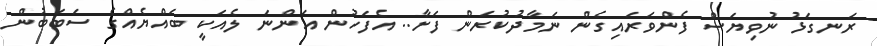
ރަނގަޅު ނުވިޔަސް ފެންވަރައިގެން ނަމާދުކުރަން ފަށާ.. އެފަހުން އަންނަ ލެއަކީ ބައްޔެއްގެ ސަބަބުން